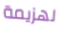
لهزيمة